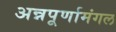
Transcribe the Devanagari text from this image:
अन्नपूर्णामंगल